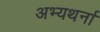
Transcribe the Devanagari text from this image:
अभ्यथर्ना